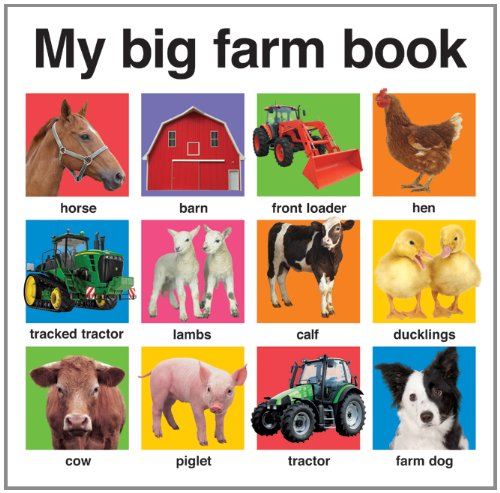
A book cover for My Big Farm Book (My Big Board Books); Roger Priddy; Children's Books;